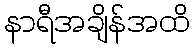
နာရီအချိန်အထိ